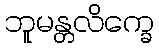
ဘူမန္တလိက္ခေ